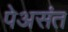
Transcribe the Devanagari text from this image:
पेअसंत